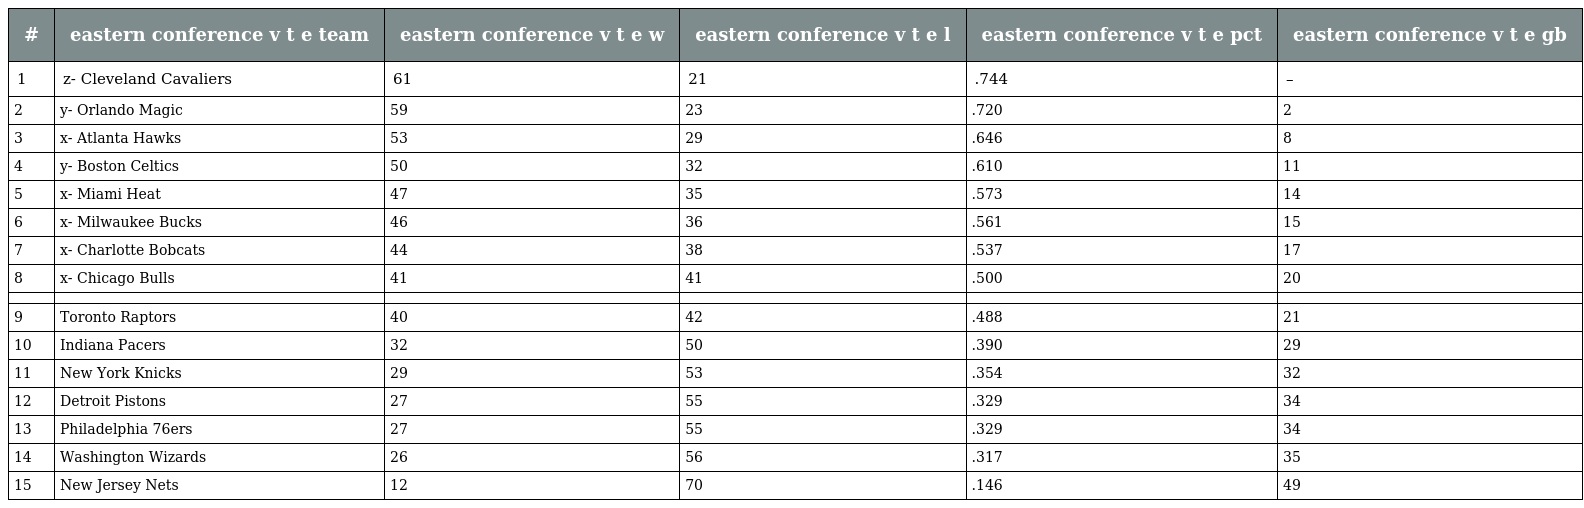
| # | eastern conference v t e team | eastern conference v t e w | eastern conference v t e l | eastern conference v t e pct | eastern conference v t e gb |
 | --- | --- | --- | --- | --- | --- |
 | 1 | z- Cleveland Cavaliers | 61 | 21 | .744 | – |
 | 2 | y- Orlando Magic | 59 | 23 | .720 | 2 |
 | 3 | x- Atlanta Hawks | 53 | 29 | .646 | 8 |
 | 4 | y- Boston Celtics | 50 | 32 | .610 | 11 |
 | 5 | x- Miami Heat | 47 | 35 | .573 | 14 |
 | 6 | x- Milwaukee Bucks | 46 | 36 | .561 | 15 |
 | 7 | x- Charlotte Bobcats | 44 | 38 | .537 | 17 |
 | 8 | x- Chicago Bulls | 41 | 41 | .500 | 20 |
 |  |  |  |  |  |  |
 | 9 | Toronto Raptors | 40 | 42 | .488 | 21 |
 | 10 | Indiana Pacers | 32 | 50 | .390 | 29 |
 | 11 | New York Knicks | 29 | 53 | .354 | 32 |
 | 12 | Detroit Pistons | 27 | 55 | .329 | 34 |
 | 13 | Philadelphia 76ers | 27 | 55 | .329 | 34 |
 | 14 | Washington Wizards | 26 | 56 | .317 | 35 |
 | 15 | New Jersey Nets | 12 | 70 | .146 | 49 |